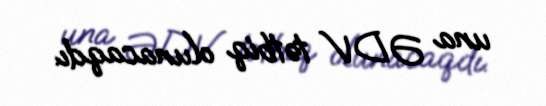
una ƏDV tətbiq olunacaqdı.